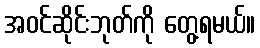
အဝင်ဆိုင်းဘုတ်ကို တွေ့ရမယ်။